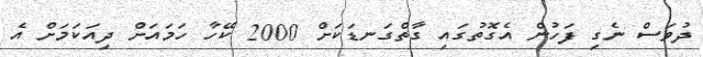
ދުވަސް ނެގި ފަހުން އެގޮތުގައި ގާތްގަނޑަކަށް 2000 ކޭހާ ހަމައަށް ދިއަކަމަށް އެ